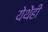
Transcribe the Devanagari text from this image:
येथेंही